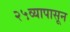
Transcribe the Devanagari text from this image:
२५व्यापासून